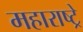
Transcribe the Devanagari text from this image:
महाराष्ट्रे